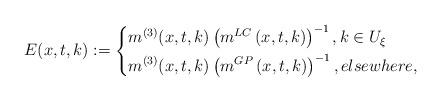
LaTeX: \begin{align*}E(x,t,k):=\left\{ \begin{aligned} & m^{(3)}(x,t,k)\left(m^{LC}\left(x,t,k\right)\right)^{-1}, k\in U_{\xi}\\ & m^{(3)}(x,t,k)\left(m^{GP}\left(x,t,k\right)\right)^{-1}, elsewhere, \end{aligned} \right.\end{align*}